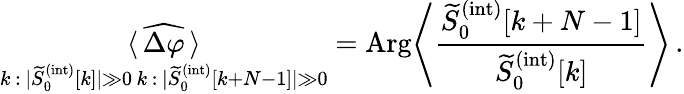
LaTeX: \underset{\substack{k\, :\, |\widetilde{S}_{0}^{(\mathrm{int})}[k]|\gg 0\, k\, :\, |\widetilde{S}_{0}^{(\mathrm{int})}[k+N-1]|\gg 0}}{\langle\, \widehat{\Delta\varphi}\, \rangle}=\mathrm{Arg}\Bigg\langle\frac{\widetilde{S}_{0}^{(\mathrm{int})}[k+N-1]}{\widetilde{S}_{0}^{(\mathrm{int})}[k]}\Bigg\rangle\, .